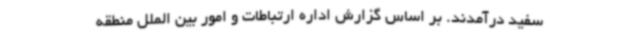
سفید درآمدند. بر اساس گزارش اداره ارتباطات و امور بین الملل منطقه